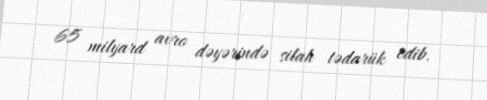
65 milyard avro dəyərində silah tədarük edib.